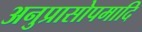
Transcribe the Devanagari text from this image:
अनुप्रासोपमादि